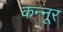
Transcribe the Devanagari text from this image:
कन्‍नूर